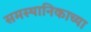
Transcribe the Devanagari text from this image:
समस्थानिकाच्या